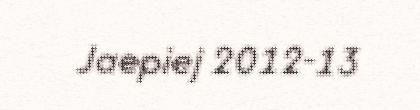
Jaepiej 2012-13